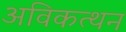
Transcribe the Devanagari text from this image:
अविकत्थन